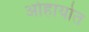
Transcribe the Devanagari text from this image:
ओहायोत